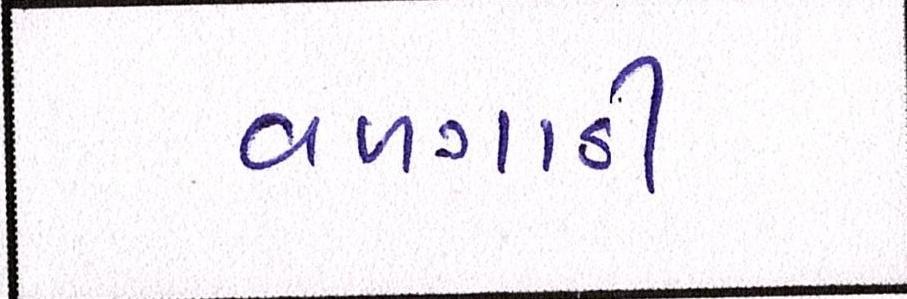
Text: વળગાડી